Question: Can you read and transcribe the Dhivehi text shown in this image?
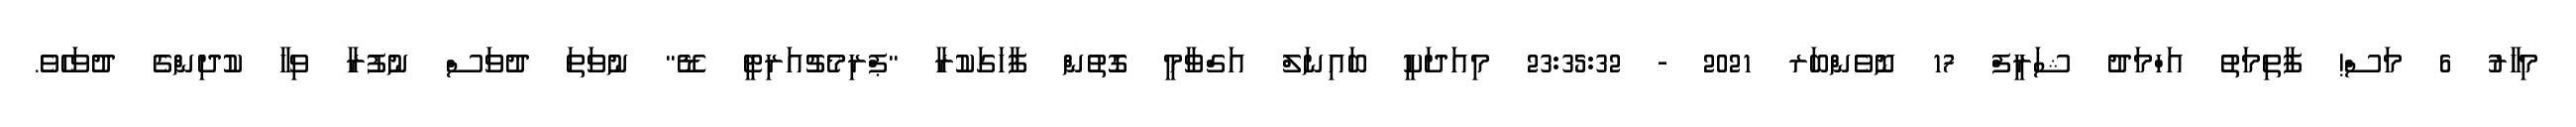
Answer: މިހާރު 6 މަސް! ފާތިމަތު އަހްމަދު ޝަރީފް 17 ނޮވެންބަރ 2021 - 23:35:32 މިއަދަކީ ބައިނަލް އަގްވާމީ ގޮތުން ފާހަގަކުރާ "ޕްރިމެޗުއަރިޓީ ޑޭ" ނުވަތަ ދުވަސް ނުފުރާ ވިހާ ކުދިންގެ ދުވަހެވެ.